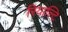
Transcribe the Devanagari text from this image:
रियाल्टि